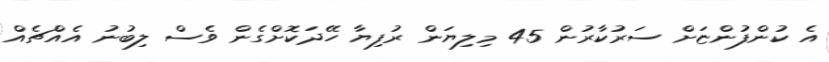
އެ ކުންފުންޏަށް ސަރުކާރުން 45 މިލިޔަން ރުފިޔާ ހޭދަކޮށްގެން ވެސް ލިބުނު އެއްޗެއް